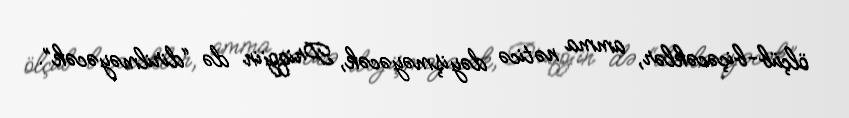
ölçüb-biçəcəklər, amma nəticə dəyişməyəcək, Priqojin də “dirilməyəcək”.